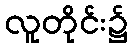
လူတိုင်း၌